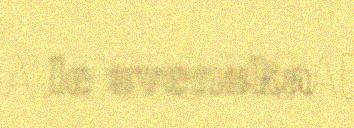
le svenska